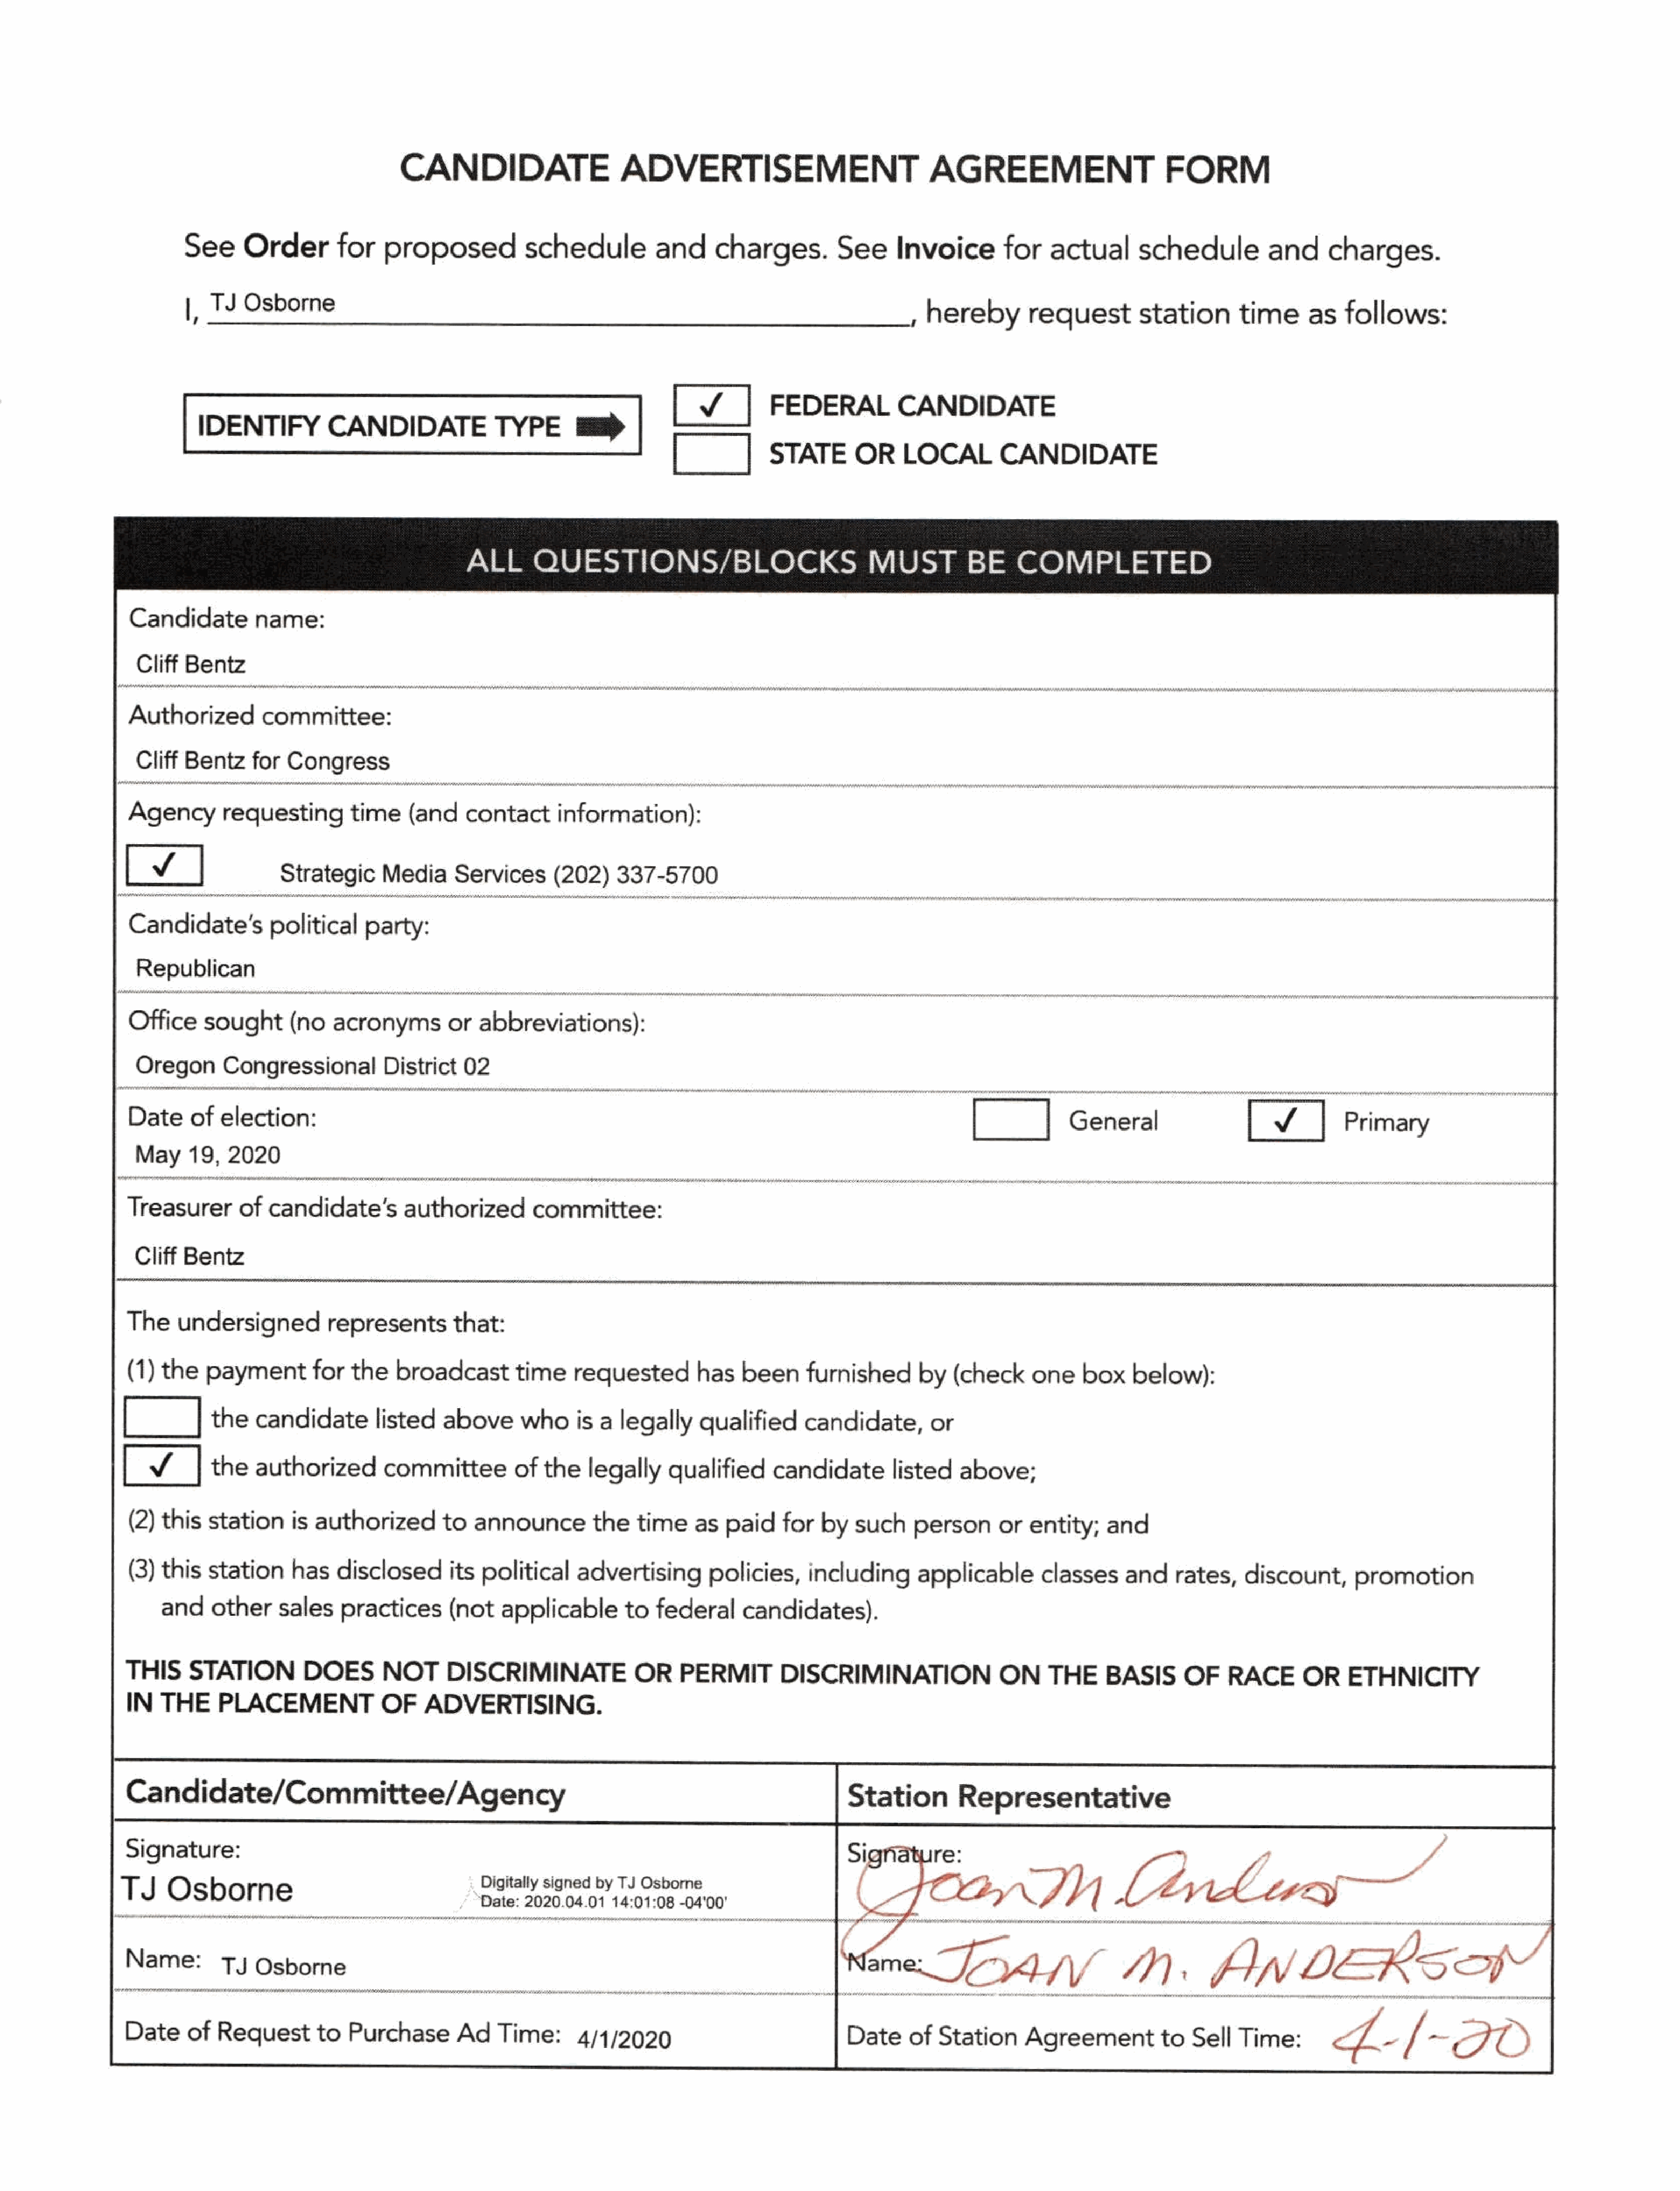
CANDIDATE                      ADVERTISEMENT                               AGREEMENT                        FORM
 See      Order        for   proposed            schedule           and     charges.          See     Invoice        for    actual      schedule           and     charges.
 |,  TY   Osborne
 , hereby         request        station       time      as   follows:
 FEDERAL           CANDIDATE
 IDENTIFY           CANDIDATETYPE                      iil
 [__]          STATE       OR     LOCAL         CANDIDATE
 ALL       QUESTIONS/BLOCKS                               MUST          BE     COMPLETED
 Candidate         name:
 CliffBentz
 "Auithosizad        committee:
 Cliff   Bentz     forCongress
 Agency        requesting        time    ratecontacet           nfin
 _Strategic|Media           Services(202))         337-5700
 ‘Candidate’s=                      party
 _Republican
 ‘Office     sought      tie   ie               or  abbreviations):
 Dateaf       alection
 [            General                                 Primary
 May     19,  2020
 Saantie         of  ceneiclatelsS      authorizedcommittee:
 Cliff  Bentz
 The    undersigned           representsthat:
 (1)  the   paymentfor           the   broadcast        time    requested         has   been     furnished       by   (check     one    box    below):
 [            the   candidatelisted            above      who  isa      legally    qualified      candidate,        or
 the   authorized        committee          of  the   legally     qualified      candidatelisted           above;
 (2)  this   station    is  authorized        to  announcethetime                aspaid       for  by   such    personor       entity;      and
 (3)  this   station    has    disclosedits        political     advertising       policies,     including       applicable       classes     andrates,        discount,       promotion
 and    othersales        practices       (not   applicable        to  federal     candidates).
 THIS     STATION         DOES       NOTDISCRIMINATE                     OR    PERMIT         DISCRIMINATION                ON     THE      BASIS      OF    RACE      OR     ETHNICITY
 IN   THE     PLACEMENTOF                  ADVERTISING.
 Signature:
 Digitally signed by TJ Osbome
 Date: 2020.04.01   14:01:08-04'00°
 Date     of  Request       to   Purchase       Ad   Time:       4/1/2020                              Date     of  Station     Agreementto             Sell  Time5:                  /-=